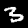
Digit: 3